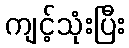
ကျင့်သုံးပြီး